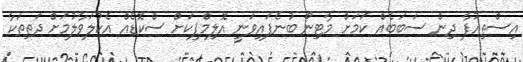
އިސްތިއުފާ ދިން ސަބަބެއް ކަމަށް މާޓިނޯ ބުނެފައިވަނީ އޮލިމްޕިކަށް ސްކޮޑެއް އެކުލަވާލުމަށް ދަތިތަކާ